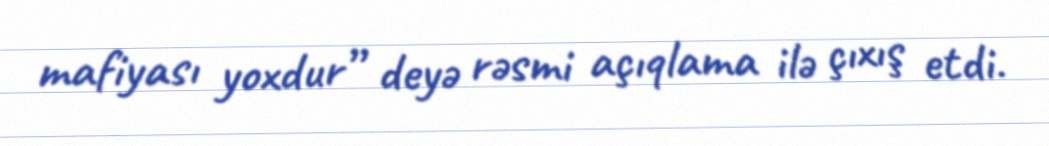
mafiyası yoxdur” deyə rəsmi açıqlama ilə çıxış etdi.